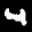
Label: 4